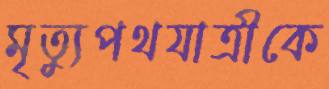
মৃত্যুপথযাত্রীকে